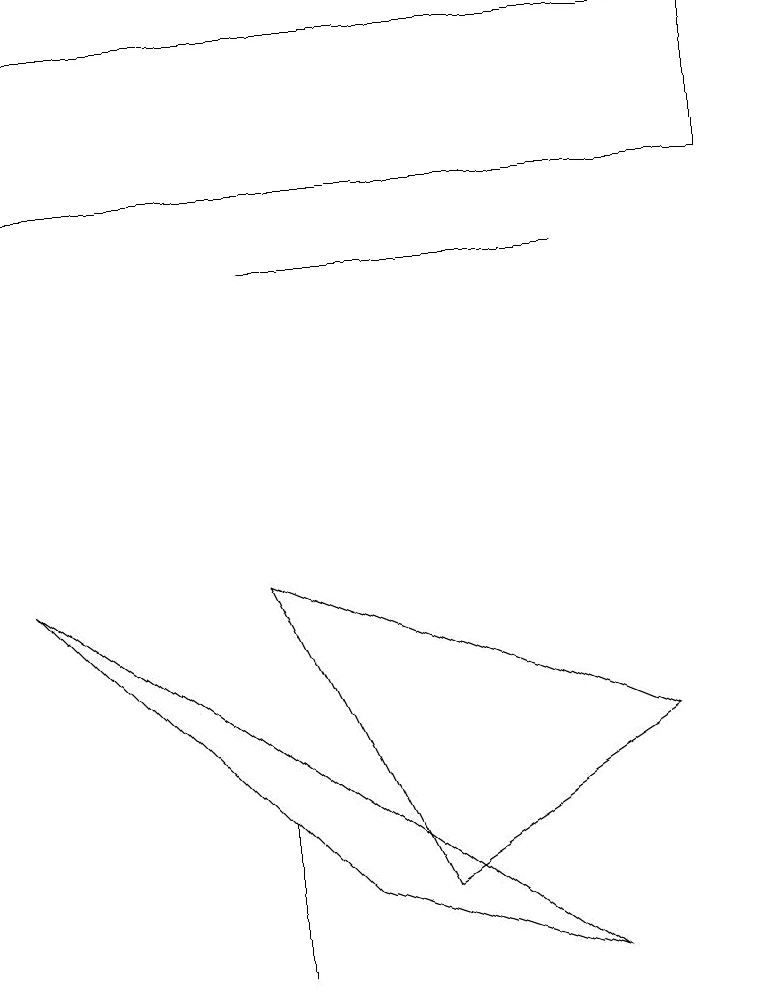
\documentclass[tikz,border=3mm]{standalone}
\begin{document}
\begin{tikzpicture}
\draw (9,15) rectangle (0,13);
\draw (4,4) -- (0,8) -- (7,3) -- cycle;
\draw (3,5) -- (3,3) -- (3,5) -- cycle;
\draw (7,12) rectangle (3,12);
\draw (3,8) -- (8,6) -- (5,4) -- cycle;
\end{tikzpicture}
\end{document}